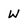
Character: w